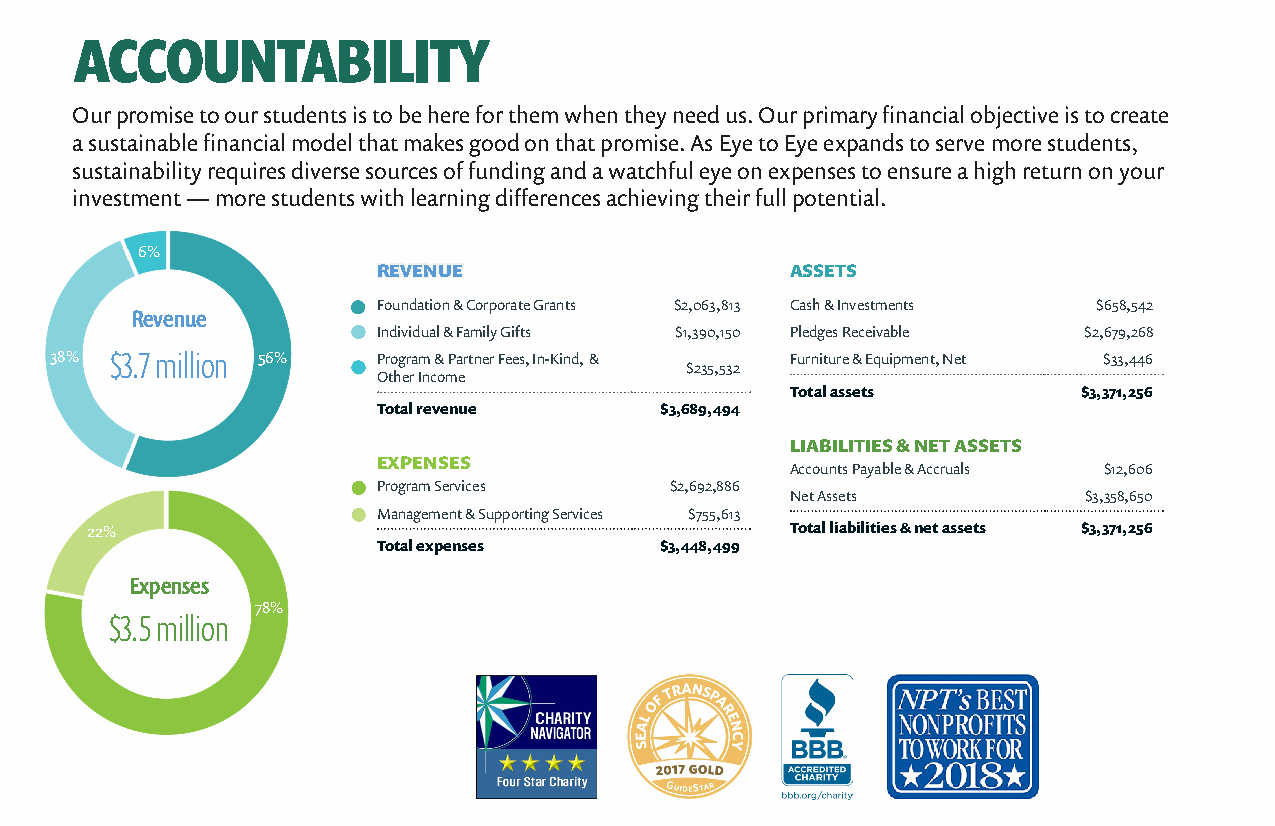
ACCOUNTABILITY
 Our promise to our students is to be here for them when they need us. Our primary financial objective is to create
 a sustainable financial model that makes good on that promise. As Eye to Eye expands to serve more students,
 sustainability requires diverse sources of funding and a watchful eye on expenses to ensure a high return on your
 investment — more students with learning differences achieving their full potential.
 6%
 REVENUE                    ASSETS
 Foundation & Corporate Grants $2,063,813 Cash & Investments $658,542
 Revenue
 Individual & Family Gifts $1,390,150 Pledges Receivable $2,679,268
 38% $3.7 million 56%  Program & Partner Fees, In-Kind, & Furniture & Equipment, Net $33,446
 $235,532
 Other Income
 Total assets        $3,371,256
 Total revenue      $3,689,494
 LIABILITIES & NET ASSETS
 EXPENSES
 Accounts Payable & Accruals $12,606
 Program Services   $2,692,886
 Net Assets          $3,358,650
 Management & Supporting Services $755,613
 22%                                           Total liabilities & net assets $3,371,256
 Total expenses     $3,448,499
 Expenses
 78%
 $3.5 million